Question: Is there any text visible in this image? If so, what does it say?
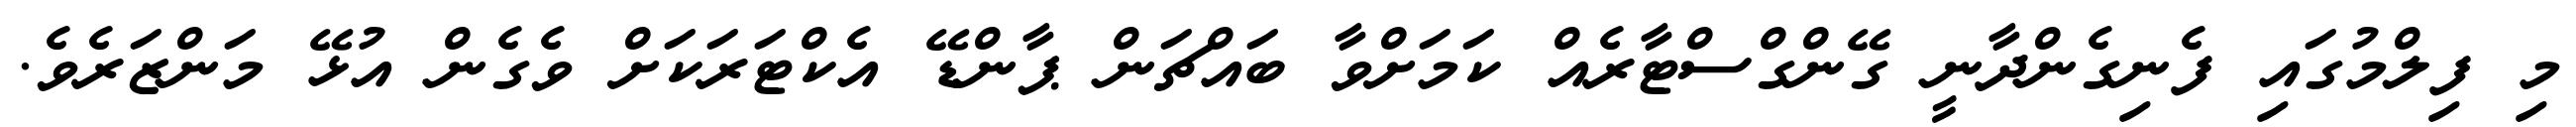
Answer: މި ފިލްމުގައި ފެނިގެންދާނީ ގޭންގްސްޓާރެއް ކަމަށްވާ ބައްޗަން ޕާންޑޭ އެކްޓަރަކަށް ވެގެން އުޅޭ މަންޒަރެވެ.